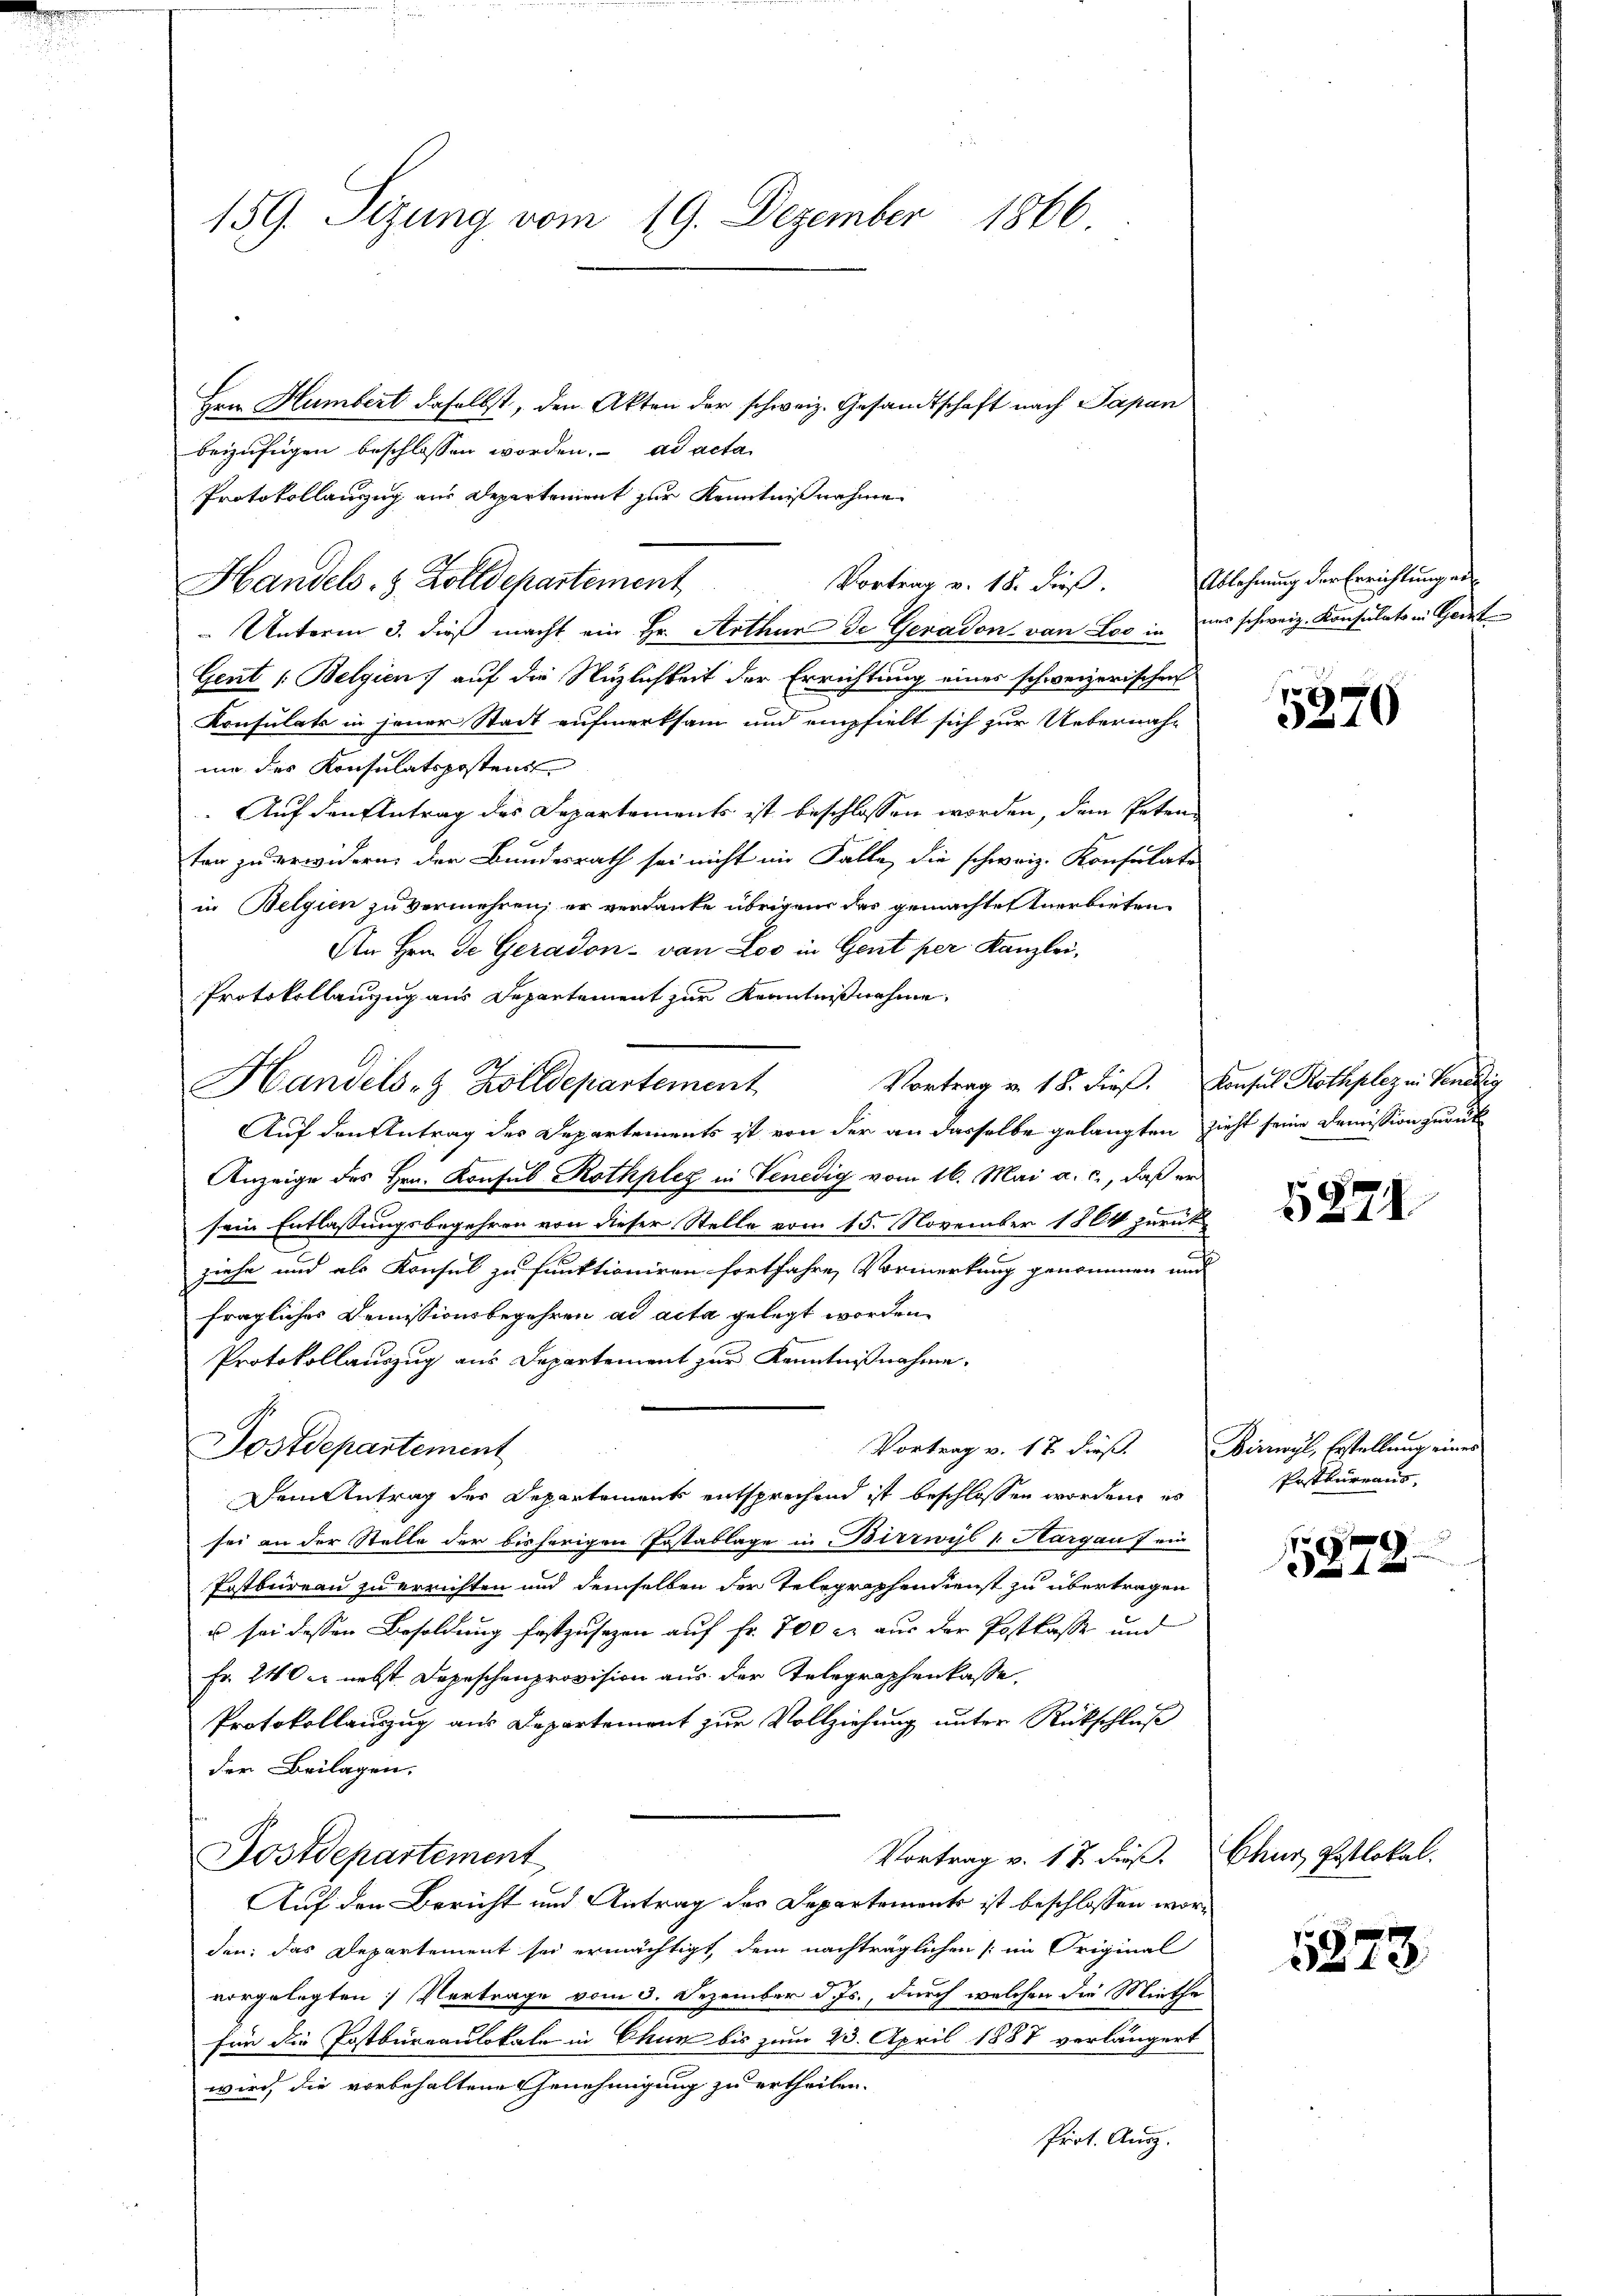
159. Sizung vom 19. Dezember 1866

Hrn. Humbert daselbst, den Akten der schweiz. Gesandtschaft nach Papan
beizufügen beschlossen worden. ad acta
Protokollanzug aus Departement zur Kenntnißnahme
 Unterm 3. dieß macht ein Hr. Arthur de Geradon von Los in uns schweiz. Konsulats in Geist
Gent /: Belgien auf die Nuzlichkeit der Errichtung eines schweizerischen
Konsulats in jener Stadt aufmerksam und empfielt sich zur Uebernahmie der Konsulatspostens
Auf den Antrag des Departements ist beschlossen worden, dem Peten
ten zu erwidern, der Bundesrath sei nicht im Falle, die schweiz. Konsulate
in Belgien zu vermehren; er verdanke übrigen das gemachte Anerbieten
An Hrn. Je Geradon - von Loo in Gent per Kanzlei,
Protokollanzug aus Departement zur Kenntnißnahme.
A
Vortrag u. 18. dieß. Konsul Rothplez in Venedig
Auf den Antrag des Departements ist von der an dasselbe gelangten Zieht seine Demission zurück
Anzeige des Hrn. Konsul Rothples in Venedig vom 16. Mai a. c., daß er
sein Entlassungsbegehren von dieser Stelle vom 15. November 1864 zurük
ziehe und als Konsul zu funktioniren fortfahre, Vormerkung genommen und
fragliches Demissionsbegehren ad acta gelegt worden.
Protokollauszug aus Departement zur Kenntnißnahme.
Vortrag v. 17. dieß.
Postdepartement
Dem Antrag der Departement entsprechend ist beschlossen worden, es
sei an der Stelle der bisherigen Postablage in Birrwyl v. Aargau f ein
Postbureau zu errichten und demselben der Telegraphendienst zu übertragen
us sei dessen Besoldung festzusezen auf Fr. 700 l. aus der Postkasse und
Fr. 240 er nebst Depeschenprovision aus der Telegraphenkasse.
Protokollanzug aus Departement zur Vollziehung unter Rückschluß
der Beilagen.
Postdepartement
Vortrag v. 17. dieß.
Auf den Bericht und Antrag des Departements ist beschlossen worden: das Departement sei ermächtigt, dem nachträglichen im Original
vorgelegten Vertrage vom 3. Dezember d. Js., durch welchen die Mintha
für die Postbureaulokale in Chun bis zum 23. April 1887 verlängert
wird, die vorbehaltene Genehmigung zu ertheilen.
Prrt. Ausz.

Handels- & Zolldepartement

Handels- & Zolldepartement

Vortrag v. 18. dieß.

Ablehnung der Errichtung ei

irrwyl, Erstellung eines
Postbureaus

Chur, Postlokal.

5370

5871

15872

5873